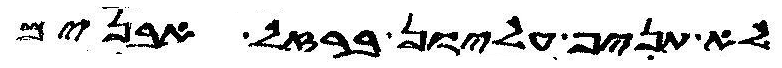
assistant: לא תניף עליון ברזל אבנים